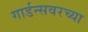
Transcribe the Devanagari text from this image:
गार्डन्सवरच्या